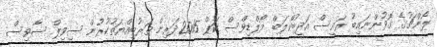
ލޯންޗުގެ ގޮވުންނައިބު ރައީސް އަދީބުކްލަބް މޯލްޑިވްސް ކަޕް 2015ދަރިން ތަރުބިއްޔަތުކުރުން ސިވިލް ސާވިސް